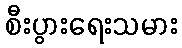
စီးပွားရေးသမား